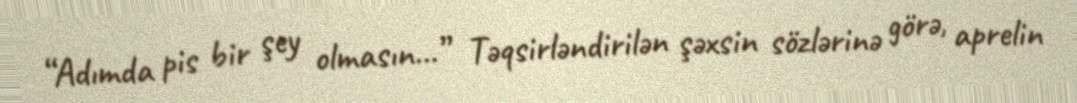
“Adımda pis bir şey olmasın...” Təqsirləndirilən şəxsin sözlərinə görə, aprelin